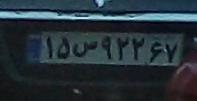
۱۵ص۹۲۲۶۷